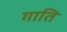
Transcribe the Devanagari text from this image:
गाति